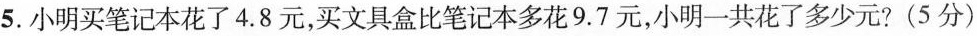
5.小明买笔记本花了4.8元，买文具盒比笔记本多花9.7元，小明一共花了多少元?(5分)